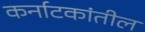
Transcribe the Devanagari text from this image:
कर्नाटकांतील